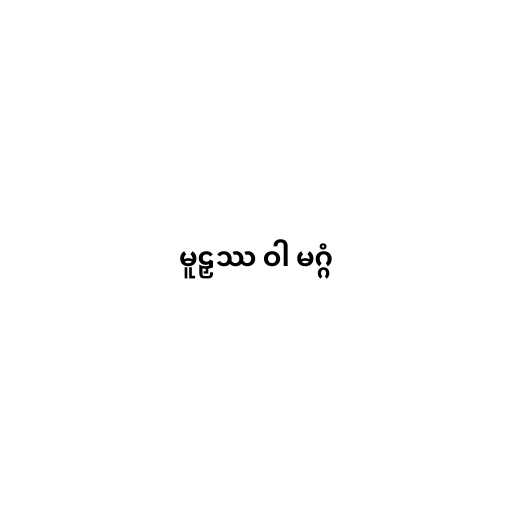
မူဠှဿ ဝါ မဂ္ဂံ